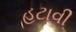
હટાવી